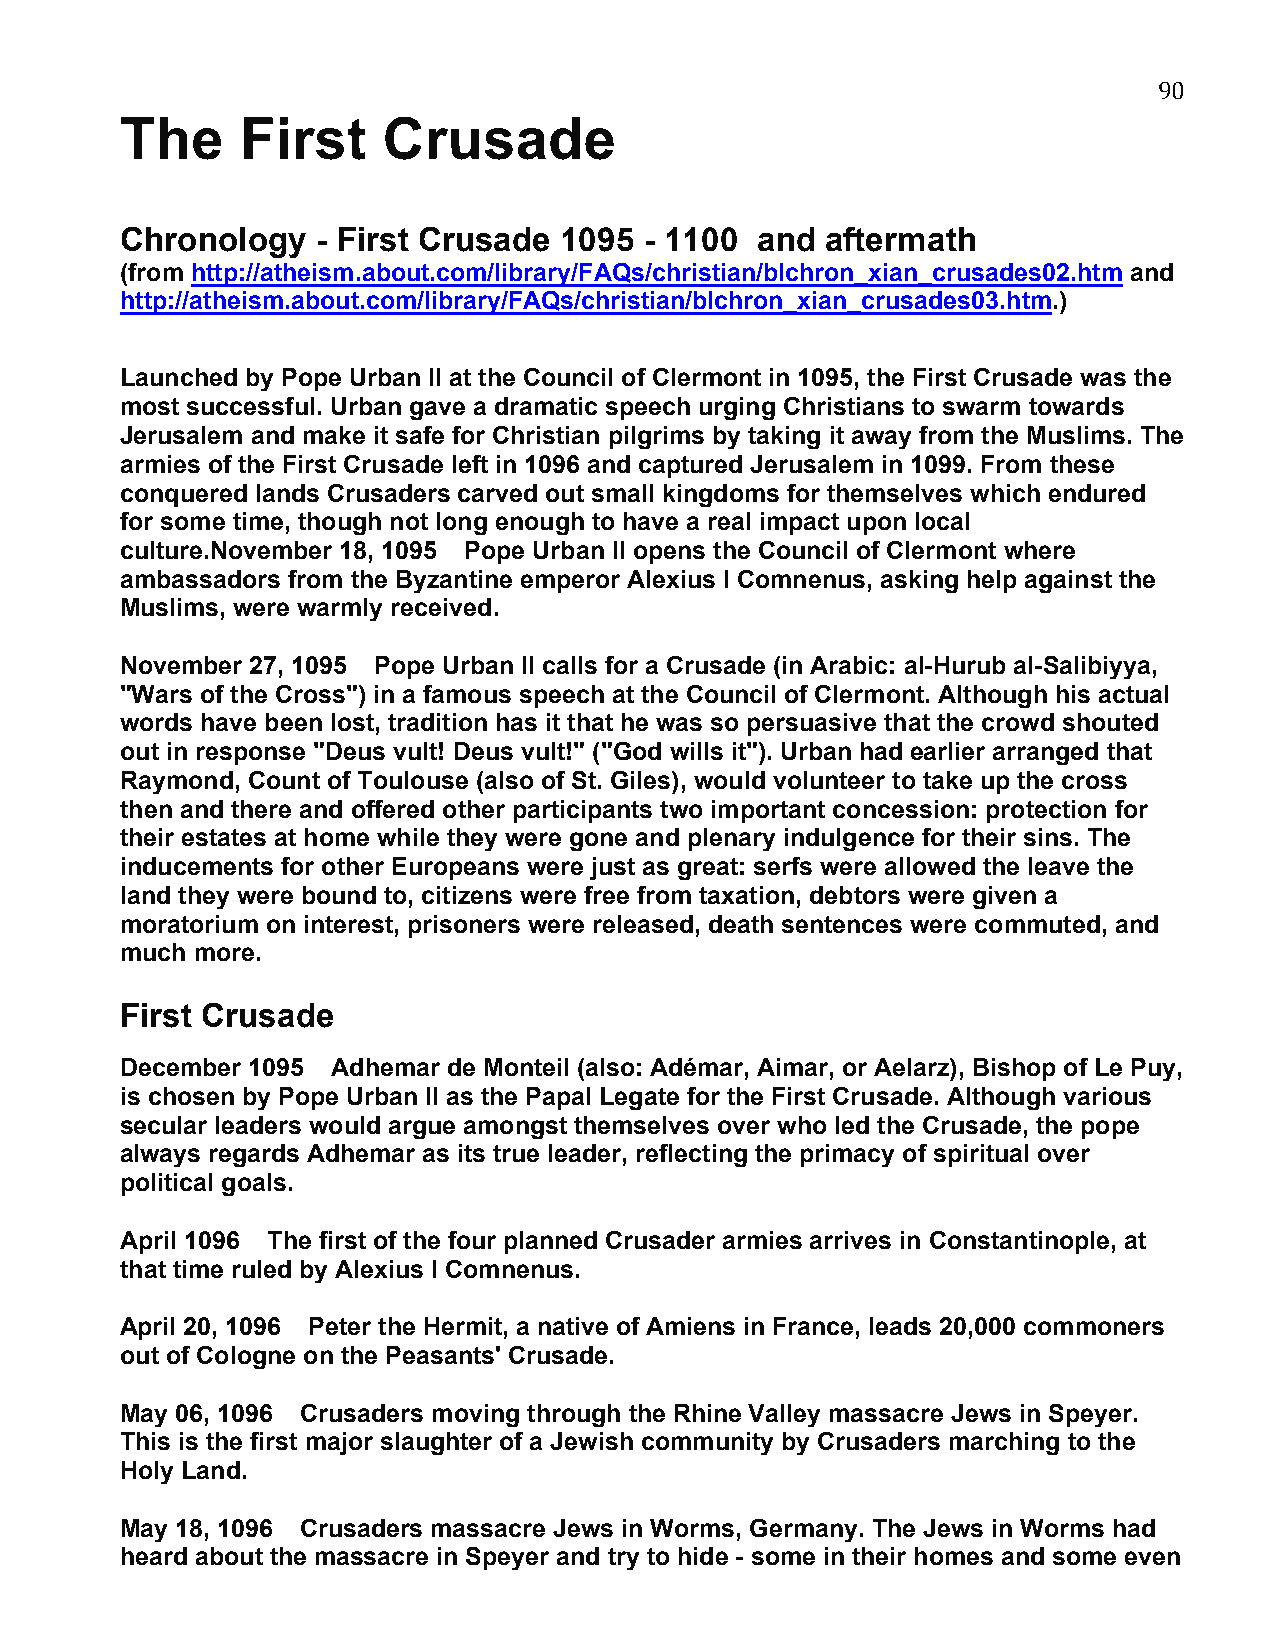
90
 The     First    Crusade
 Chronology   - First Crusade 1095  - 1100 and  aftermath
 (from http://atheism.about.com/library/FAQs/christian/blchron_xian_crusades02.htm and
 http://atheism.about.com/library/FAQs/christian/blchron_xian_crusades03.htm.)
 Launched by Pope Urban II at the Council of Clermont in 1095, the First Crusade was the
 most successful. Urban gave a dramatic speech urging Christians to swarm towards
 Jerusalem and make it safe for Christian pilgrims by taking it away from the Muslims. The
 armies of the First Crusade left in 1096 and captured Jerusalem in 1099. From these
 conquered lands Crusaders carved out small kingdoms for themselves which endured
 for some time, though not long enough to have a real impact upon local
 culture.November 18, 1095 Pope Urban II opens the Council of Clermont where
 ambassadors from the Byzantine emperor Alexius I Comnenus, asking help against the
 Muslims, were warmly received.
 November 27, 1095 Pope Urban II calls for a Crusade (in Arabic: al-Hurub al-Salibiyya,
 "Wars of the Cross") in a famous speech at the Council of Clermont. Although his actual
 words have been lost, tradition has it that he was so persuasive that the crowd shouted
 out in response "Deus vult! Deus vult!" ("God wills it"). Urban had earlier arranged that
 Raymond, Count of Toulouse (also of St. Giles), would volunteer to take up the cross
 then and there and offered other participants two important concession: protection for
 their estates at home while they were gone and plenary indulgence for their sins. The
 inducements for other Europeans were just as great: serfs were allowed the leave the
 land they were bound to, citizens were free from taxation, debtors were given a
 moratorium on interest, prisoners were released, death sentences were commuted, and
 much more.
 First Crusade
 December 1095 Adhemar de Monteil (also: Adémar, Aimar, or Aelarz), Bishop of Le Puy,
 is chosen by Pope Urban II as the Papal Legate for the First Crusade. Although various
 secular leaders would argue amongst themselves over who led the Crusade, the pope
 always regards Adhemar as its true leader, reflecting the primacy of spiritual over
 political goals.
 April 1096 The first of the four planned Crusader armies arrives in Constantinople, at
 that time ruled by Alexius I Comnenus.
 April 20, 1096 Peter the Hermit, a native of Amiens in France, leads 20,000 commoners
 out of Cologne on the Peasants' Crusade.
 May 06, 1096 Crusaders moving through the Rhine Valley massacre Jews in Speyer.
 This is the first major slaughter of a Jewish community by Crusaders marching to the
 Holy Land.
 May 18, 1096 Crusaders massacre Jews in Worms, Germany. The Jews in Worms had
 heard about the massacre in Speyer and try to hide - some in their homes and some even